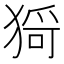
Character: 𤠄